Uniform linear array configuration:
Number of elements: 12
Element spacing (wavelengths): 0.5
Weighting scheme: blackman
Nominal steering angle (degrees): -15
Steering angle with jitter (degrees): -16.257
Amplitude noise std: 0.05
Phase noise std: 0.05

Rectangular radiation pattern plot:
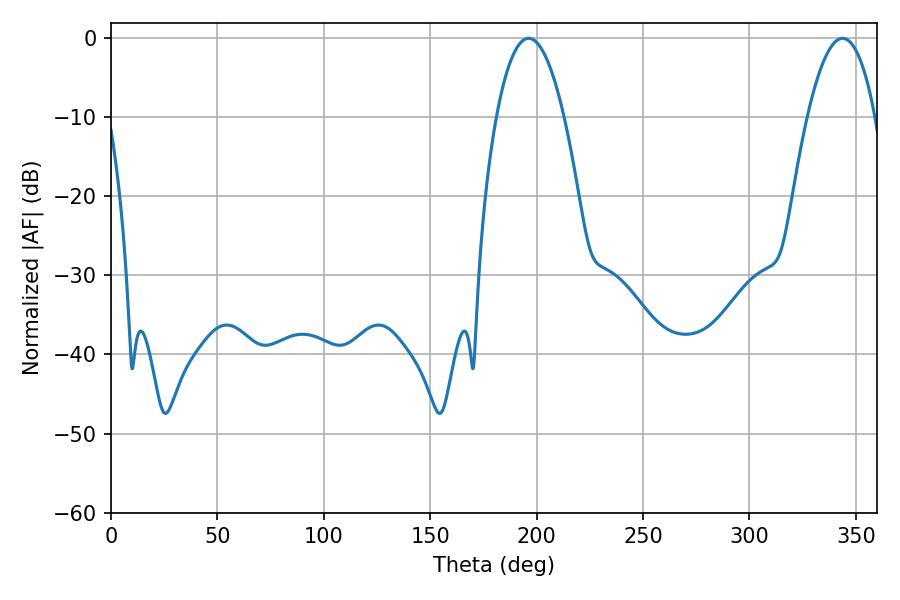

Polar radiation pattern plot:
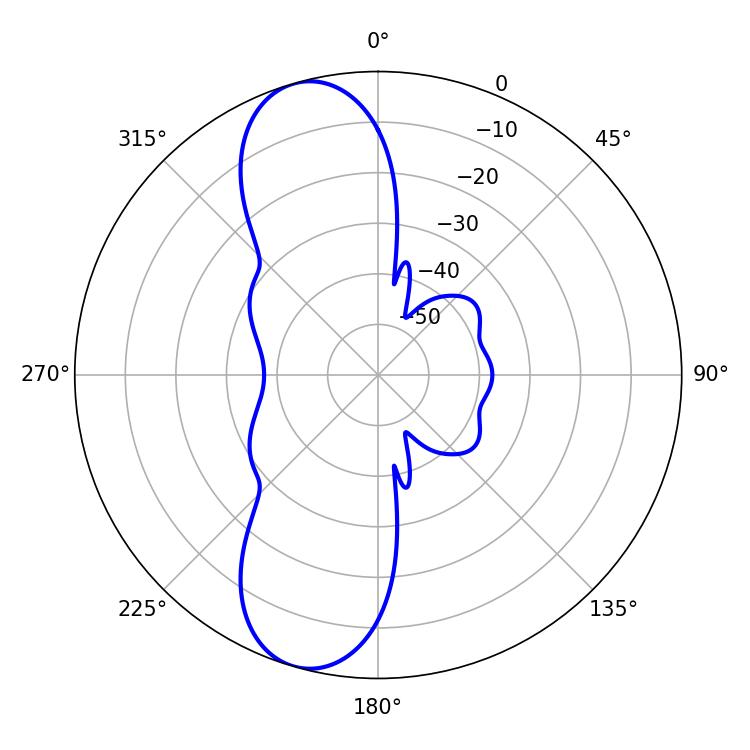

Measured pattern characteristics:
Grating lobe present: FALSE
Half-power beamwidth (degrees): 17.46
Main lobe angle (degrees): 196.2